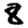
Digit: 8